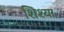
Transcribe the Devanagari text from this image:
शिश्या